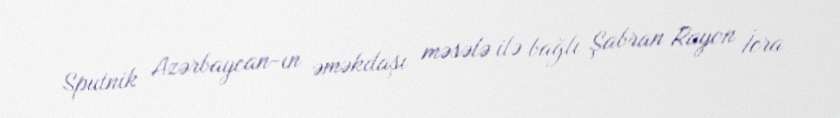
Sputnik Azərbaycan-ın əməkdaşı məsələ ilə bağlı Şabran Rayon İcra